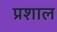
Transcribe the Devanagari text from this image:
प्रशाल